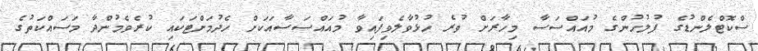
ސްކޮޓްލެންޑުގެ ފުލުހުންގެ މުއައްސަސާ މިހާރަށް ވުރެ ހުޅުވާލެވިފައިވާ މުއައްސަސާއަކަށް ހެދުމަށްޓަކައި ކުރެވެމުންދާ މަސައްކަތުގެ